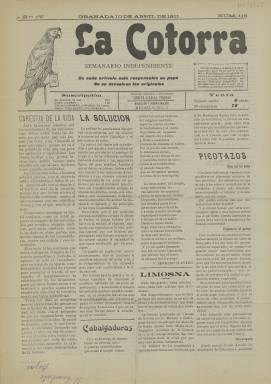
Título: La Cotorra (Granada)
Colección: Periódicos
Ámbito geográfico: Granada
Lugar de publicación: Granada
Fechas: 10/04/1910-10/04/1910